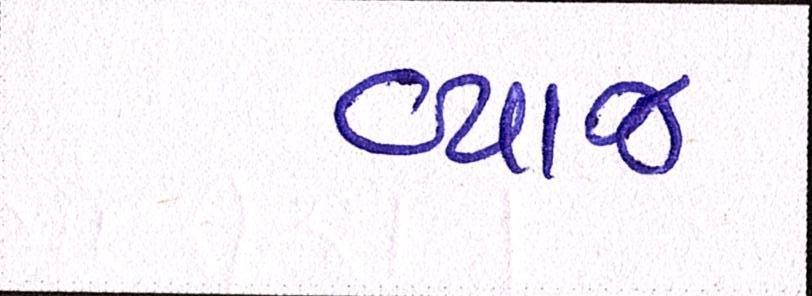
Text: વ્યાજ